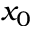
x _ { 0 }